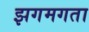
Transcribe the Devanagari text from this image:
झगमगता